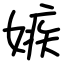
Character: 嫉